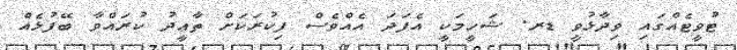
ޓުވީޓެއްގައި ވިދާޅުވީ ޑރ. ޝަހީމަކީ އެފަދަ އެއްވެސް ފިކުރަކަށް ތާޢީދު ކުރައްވާ ބޭފުޅެއް